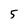
Character: 5